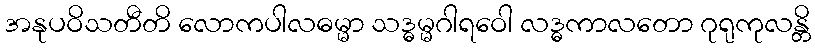
အနုပဝိသတီတိ လောကပါလဓမ္မာ သဒ္ဓမ္မဂါရဝေါ လဒ္ဓကာလတော ဂုရုကုလန္တိ